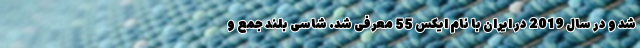
شد و در سال 2019 در ایران با نام ایکس 55 معرفی شد. شاسی بلند جمع و